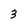
Character: 3